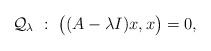
LaTeX: \begin{align*}\mathcal{Q}_{\lambda}\ :\ \big((A-\lambda I)x,x\big)=0,\end{align*}